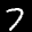
Label: 7